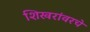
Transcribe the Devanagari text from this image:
शिखरांवरचे